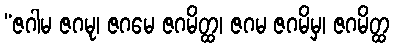
“ဇဂါမ ဇဂမု၊ ဇဂမေ ဇဂမိတ္ထ၊ ဇဂမ ဇဂမိမှ၊ ဇဂမိတ္ထ